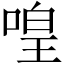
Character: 喤